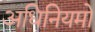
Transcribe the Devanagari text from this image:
अधिनियमो